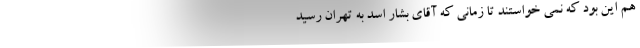
هم این بود که نمی خواستند تا زمانی که آقای بشار اسد به تهران رسید